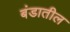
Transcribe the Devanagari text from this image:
बंडातील